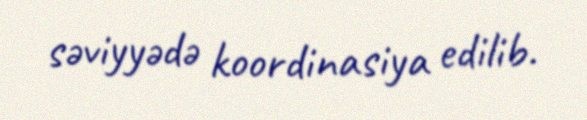
səviyyədə koordinasiya edilib.